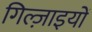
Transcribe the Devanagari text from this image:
गिल्ज़ाइयों